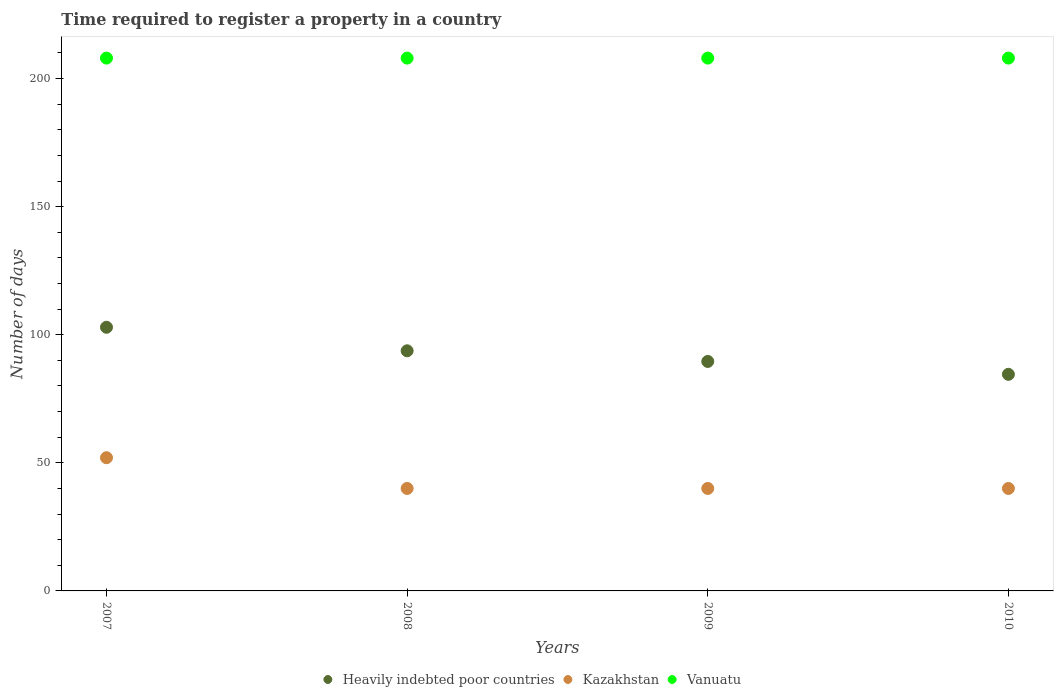
| Years | Heavily indebted poor countries | Kazakhstan | Vanuatu |
 | --- | --- | --- | --- |
 | 2007 | 103 | 52 | 208 |
 | 2008 | 93.7 | 40 | 208 |
 | 2009 | 89.6 | 40 | 208 |
 | 2010 | 84.6 | 40 | 208 |